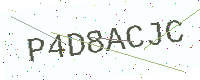
Text: P4D8ACJC